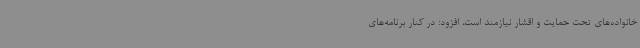
خانواده‌های تحت حمایت و اقشار نیازمند است، افزود: در کنار برنامه‌های